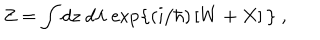
LaTeX: Z = \int d z \; d \lambda \; \mathrm { e x p } \big \{ ( i / \hbar ) \left[ W + X \right] \big \} ~ ,